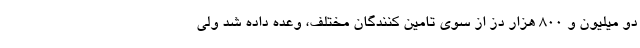
دو میلیون و 800 هزار دز از سوی تامین کنندگان مختلف، وعده داده شد ولی